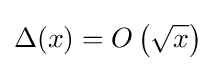
\Delta (x)=O\left({\sqrt {x}}\right)